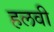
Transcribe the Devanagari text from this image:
हलवी